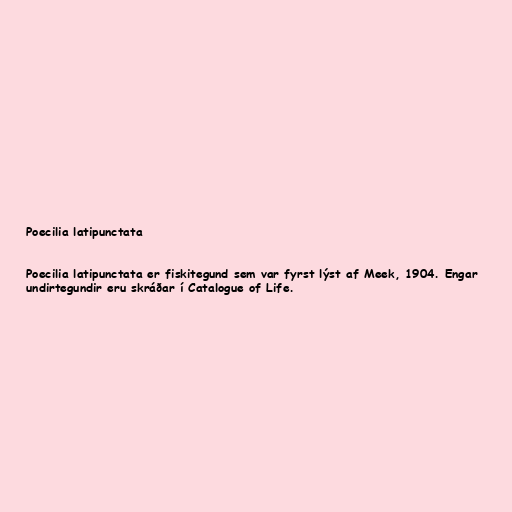
Poecilia latipunctata

Poecilia latipunctata er fiskitegund sem var fyrst lýst af Meek, 1904. Engar
undirtegundir eru skráðar í Catalogue of Life.